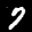
Label: 7